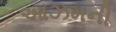
આઝમની